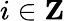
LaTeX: i\in\mathbf Z